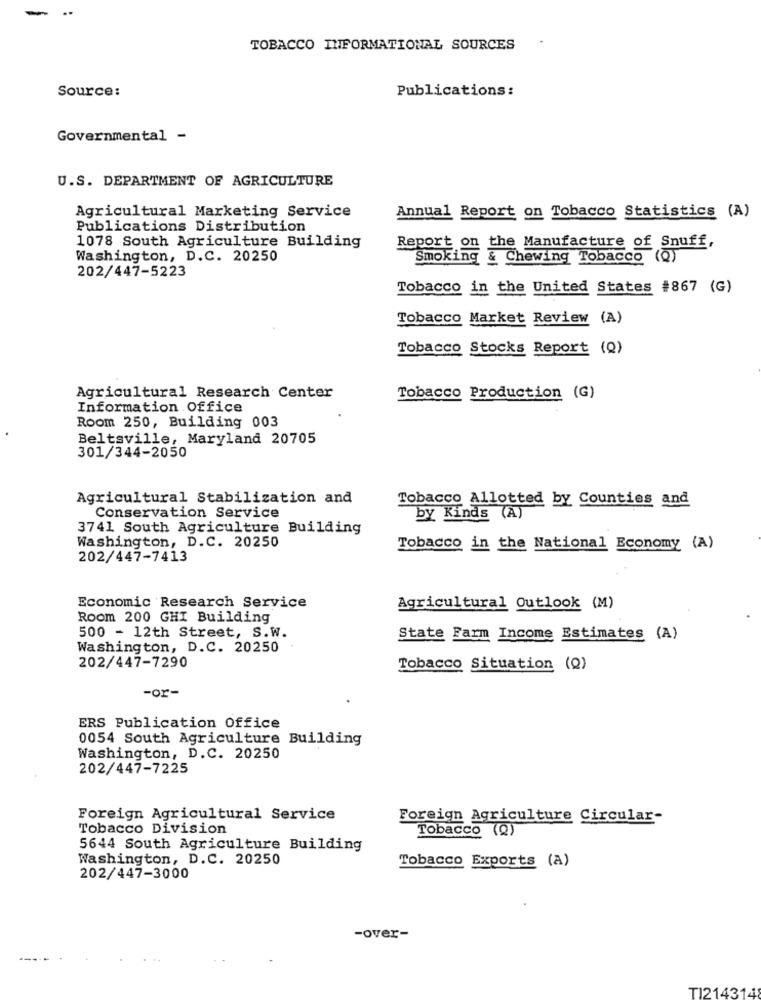
-
...
TOBACCO INFORMATIONAL SOURCES
Source:
Publications:
Governmental -
U.S. DEPARTMENT OF AGRICULTURE
Agricultural Marketing Service
Annual Report on Tobacco Statistics (A)
Publications Distribution
1078 South Agriculture Building
Report on the Manufacture of Snuff,
Washington, D.C. 20250
Smoking & Chewing Tobacco (Q)
202/447-5223
Tobacco in the United States #867 (G)
Tobacco Market Review (A)
Tobacco Stocks Report (Q)
Agricultural Research Center
Tobacco Production (G)
Information Office
Room 250, Building 003
Beltsville, Maryland 20705
301/344-2050
Agricultural Stabilization and
Tobacco Allotted by Counties and
Conservation Service
by Kinds (A)
3741 South Agriculture Building
Washington, D.C. 20250
Tobacco in the National Economy (A)
202/447-7413
Economic Research Service
Agricultural Outlook (M)
Room 200 GHI Building
500 - 12th Street, S.W.
State Farm Income Estimates (A)
Washington, D.C. 20250 .
202/447-7290
Tobacco Situation (Q)
-or-
ERS Publication Office
0054 South Agriculture Building
Washington, D.C. 20250
202/447-7225
Foreign Agricultural Service
Foreign Agriculture Circular-
Tobacco Division
Tobacco (Q)
5644 South Agriculture Building
Washington, D.C. 20250
Tobacco Exports (A)
202/447-3000
-over-
TI2143148